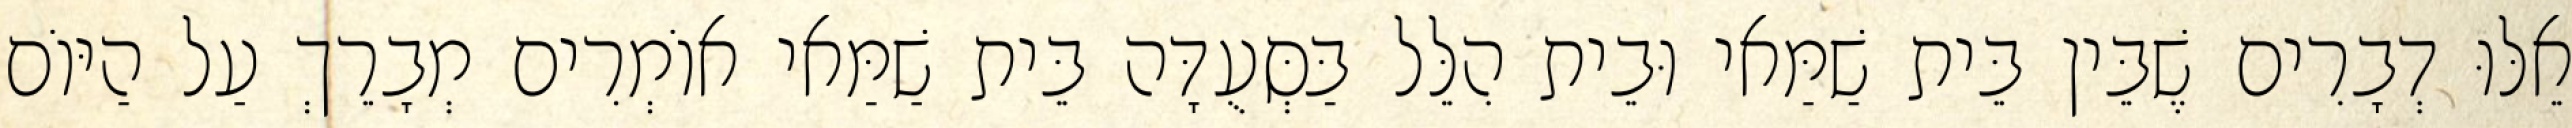
אֵלּוּ דְבָרִים שֶׁבֵּין בֵּית שַׁמַּאי וּבֵית הִלֵּל בַּסְּעֻדָּה בֵּית שַׁמַּאי אוֹמְרִים מְבָרֵךְ עַל הַיּוֹם